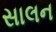
સાલન